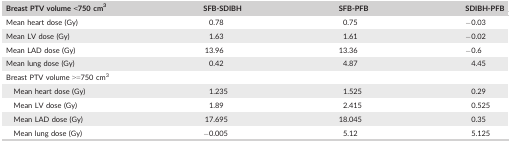
| Breast PTV volume <750 cm3 | SFB‐SDIBH | SFB‐PFB | SDIBH‐PFB |
 | --- | --- | --- | --- |
 | Mean heart dose (Gy) | 0.78 | 0.75 | −0.03 |
 | Mean LV dose (Gy) | 1.63 | 1.61 | −0.02 |
 | Mean LAD dose (Gy) | 13.96 | 13.36 | −0.6 |
 | Mean lung dose (Gy) | 0.42 | 4.87 | 4.45 |
 | <COLSPAN=4> Breast PTV volume >=750 cm3 |
 | Mean heart dose (Gy) | 1.235 | 1.525 | 0.29 |
 | Mean LV dose (Gy) | 1.89 | 2.415 | 0.525 |
 | Mean LAD dose (Gy) | 17.695 | 18.045 | 0.35 |
 | Mean lung dose (Gy) | −0.005 | 5.12 | 5.125 |